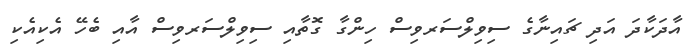
އާދަކާދަ އަދި ޗައިނާގެ ސިވިލްސަރވިސް ހިންގާ ގޮތާއި ސިވިލްސަރވިސް އާއި ބެހޭ އެކިއެކި